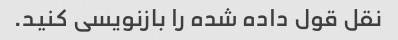
نقل قول داده شده را بازنویسی کنید.